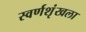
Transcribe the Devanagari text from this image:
स्वर्णशृंखला